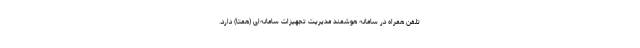
تلفن همراه در سامانه هوشمند مدیریت تجهیزات سامانه‌ای (همتا) دارد.